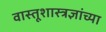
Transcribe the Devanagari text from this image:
वास्तूशास्त्रज्ञांच्या